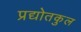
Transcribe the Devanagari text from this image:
प्रद्योतकुल